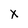
Character: x